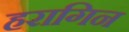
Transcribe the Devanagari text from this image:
हरागिन